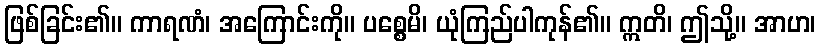
ဖြစ်ခြင်း၏။ ကာရဏံ၊ အကြောင်းကို။ ပစ္စေမိ၊ ယုံကြည်ပါကုန်၏။ ဣတိ၊ ဤသို့။ အာဟ၊